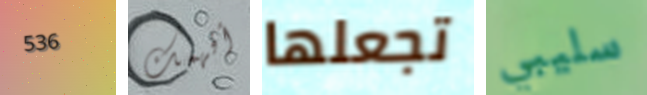
536 أفهمك تجعلها سليبي